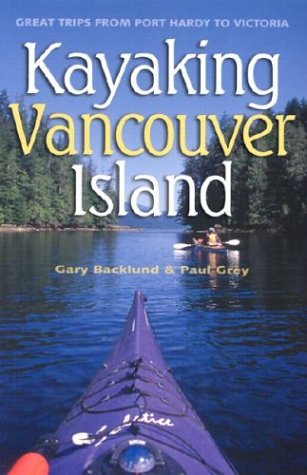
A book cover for Kayaking Vancouver Island: Great Trips from Port Hardy to Victoria; Gary Backlund; Sports & Outdoors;